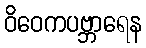
ဝိဝေကပဗ္ဘာရေန